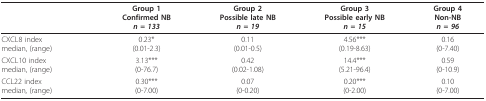
|  | Group 1Confirmed NBn = 133 | Group 2Possible late NBn = 19 | Group 3Possible early NBn = 15 | Group 4Non-NBn = 96 |
 | --- | --- | --- | --- | --- |
 | CXCL8 indexmedian, (range) | 0.23*(0.01-2.3) | 0.11(0.01-0.5) | 4.56***(0.19-8.63) | 0.16(0-7.40) |
 | CXCL10 indexmedian, (range) | 3.13***(0-76.7) | 0.42(0.02-1.08) | 14.4***(5.21-96.4) | 0.59(0-10.9) |
 | CCL22 indexmedian, (range) | 0.30***(0-7.00) | 0.07(0-0.20) | 0.20***(0-2.00) | 0.10(0-7.00) |